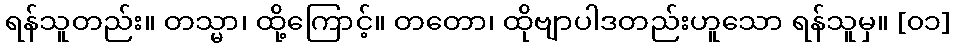
ရန်သူတည်း။ တသ္မာ၊ ထို့ကြောင့်။ တတော၊ ထိုဗျာပါဒတည်းဟူသော ရန်သူမှ။ [၀၁]